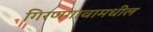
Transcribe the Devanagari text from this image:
गिरणगावामधील